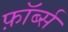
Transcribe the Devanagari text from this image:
फ़ॉर्ब्स